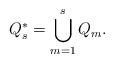
\begin{align*}Q_{s}^{*}=\bigcup_{m=1}^{s}Q_{m}. \end{align*}